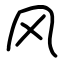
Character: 风